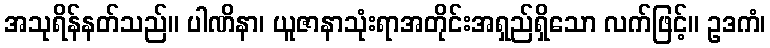
အသုရိန်နတ်သည်။ ပါဏိနာ၊ ယူဇာနာသုံးရာအတိုင်းအရှည်ရှိသော လက်ဖြင့်။ ဥဒကံ၊